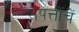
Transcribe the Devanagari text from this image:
संपत्तीचें